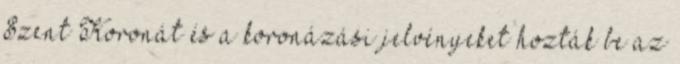
Szent Koronát és a koronázási jelvényeket hozták be az